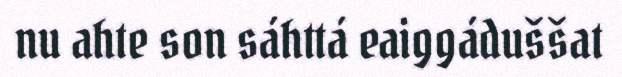
nu ahte son sáhttá eaiggáduššat